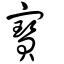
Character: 寶